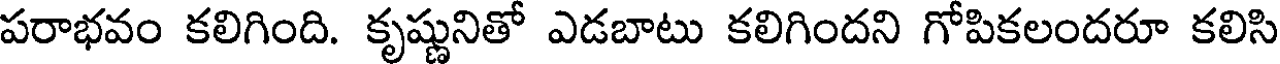
పరాభవం కలిగింది. కృష్ణునితో ఎడబాటు కలిగిందని గోపికలందరూ కలిసి